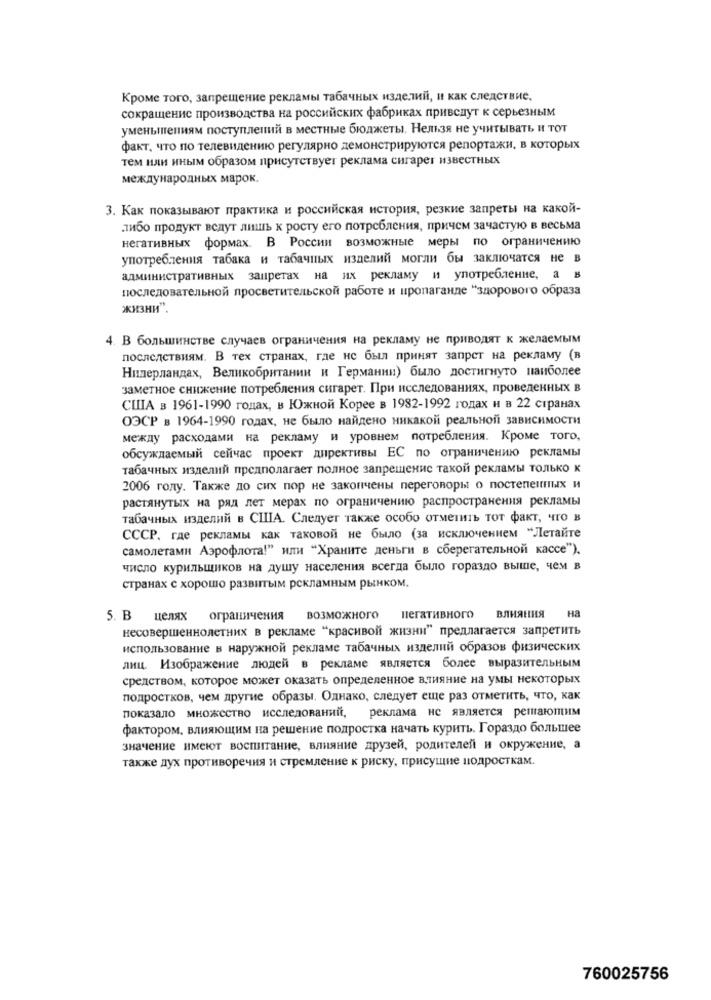
Кроме того, запрещение рекламы табачных изделий, и как следствие,
сокращение производства на российских фабриках приведут к серьезным
уменьшениям поступлений в местные бюджеты. Нельзя не учитывать и тот
факт, что по телевидению регулярно демонстрируются репортажи, в которых
тем или иным образом присутствует реклама сигарет известных
международных марок.
3. Как показывают практика и российская история, резкие запреты на какой-
либо продукт ведут лишь к росту его потребления, причем зачастую в весьма
негативных формах. В России возможные меры по ограничению
употребления табака и табачных изделий могли бы заключается не в
административных запретах на их рекламу и употребление, а в
последовательной просветительской работе и пропаганде "здорового образа
жизни".
4. В большинстве случаев ограничения на рекламу не приводят к желаемым
последствиям. В тех странах, где не был принят запрет на рекламу (в
Нидерландах, Великобритании и Германии) было достигнуто наиболее
заметное снижение потребления сигарет. При исследованиях, проведенных в
США в 1961-1990 годах, в Южной Корее в 1982-1992 годах и в 22 странах
ОЭСР в 1964-1990 годах, не было найдено никакой реальной зависимости
между расходами на рекламу и уровнем потребления. Кроме того,
обсуждаемый сейчас проект директивы ЕС по ограничению рекламы
табачных изделий предполагает полное запрещенис такой рекламы только к
2006 году. Также до сих пор не закончены переговоры о постепенных и
растянутых на ряд лет мерах по ограничению распространения рекламы
табачных изделий в США. Следует также особо отметить тот факт, что в
СССР, где рекламы как таковой не было (за исключением "Летайте
самолетами Аэрофлота!” или “Храните деньги в сберегательной кассе").
число курильщиков на душу населения всегда было гораздо выше, чем в
странах с хорошо развитым рекламным рынком.
5. В целях ограничения возможного !
негативного
ВЛИЯНИЯ
на
несовершеннолетних в рекламе “красивой жизни" предлагается запретить
использование в наружной рекламе табачных изделий образов физических
лиц. Изображение людей в рекламе является более выразительным
средством, которое может оказать определенное влияние на умы некоторых
подростков, чем другие образы. Однако, следует еще раз отметить, что, как
показало множество исследований, реклама не является решающим
фактором, влияющим на решение подростка начать курить. Гораздо большее
значение имеют воспитание, влияние друзей, родителей и окружение, а
также дух противоречия и стремление к риску, присущие подросткам.
760025756